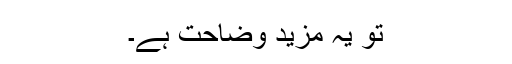
تو یہ مزید وضاحت ہے۔